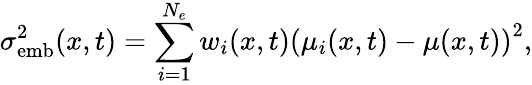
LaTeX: \sigma_{\mathrm{emb}}^{2}(x,t)=\sum_{i=1}^{N_{e}}w_{i}(x,t)\left(\mu_{i}(x,t)-\mu(x,t)\right)^{2},